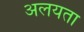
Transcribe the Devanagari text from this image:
अलयता